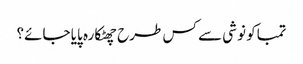
تمباکو نوشی سے کس طرح چھٹکارہ پایا جائے؟